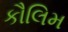
કૌલિમ